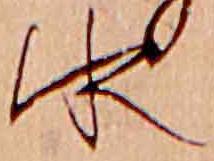
水